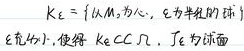
$K_{\varepsilon}=\{以M_{0}为心,\ \varepsilon为半径的球\}\ (\varepsilon 充分小), 使得K_{\varepsilon}\subset\Omega,\ \Gamma_{\varepsilon}为球面$